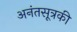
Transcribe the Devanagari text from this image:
अनंतसूत्रकी